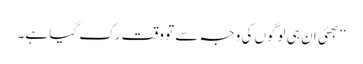
‘‘بھئی ان ہی لوگوں کی وجہ سے تو وقت رک گیا ہے۔